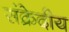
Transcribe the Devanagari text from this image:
संक्रेदीय